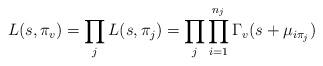
LaTeX: \begin{align*} L(s,\pi_v)=\prod_jL(s,\pi_j)=\prod_j\prod_{i=1}^{n_j}\Gamma_v(s+\mu_{i\pi_{j}})\end{align*}